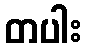
တပါး